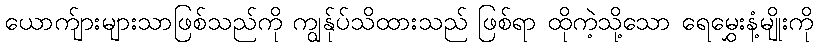
ယောက်ျားများသာဖြစ်သည်ကို ကျွန်ုပ်သိထားသည် ဖြစ်ရာ ထိုကဲ့သို့သော ရေမွှေးနံ့မျိုးကို